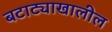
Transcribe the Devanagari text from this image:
बटाट्याखालील